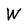
Character: W